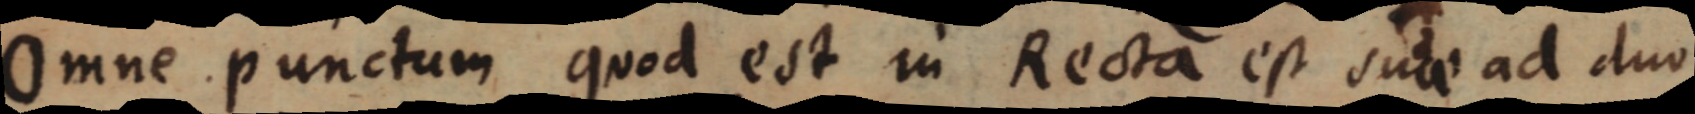
Omne punctum quod est in Recta est suae ad duo